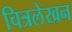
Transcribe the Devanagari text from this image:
चित्रलेखन